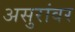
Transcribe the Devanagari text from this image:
असुरांवर